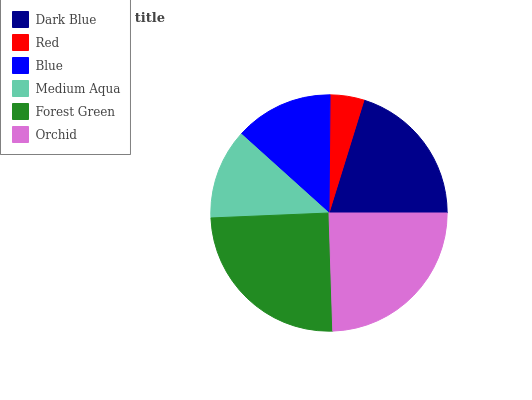
| Dark Blue | Red | Blue | Medium Aqua | Forest Green | Orchid |
 | --- | --- | --- | --- | --- | --- |
 | 20.2% | 4.63% | 13.5% | 12.3% | 24.8% | 24.5% |